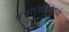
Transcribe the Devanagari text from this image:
प्रचारसभांमध्ये